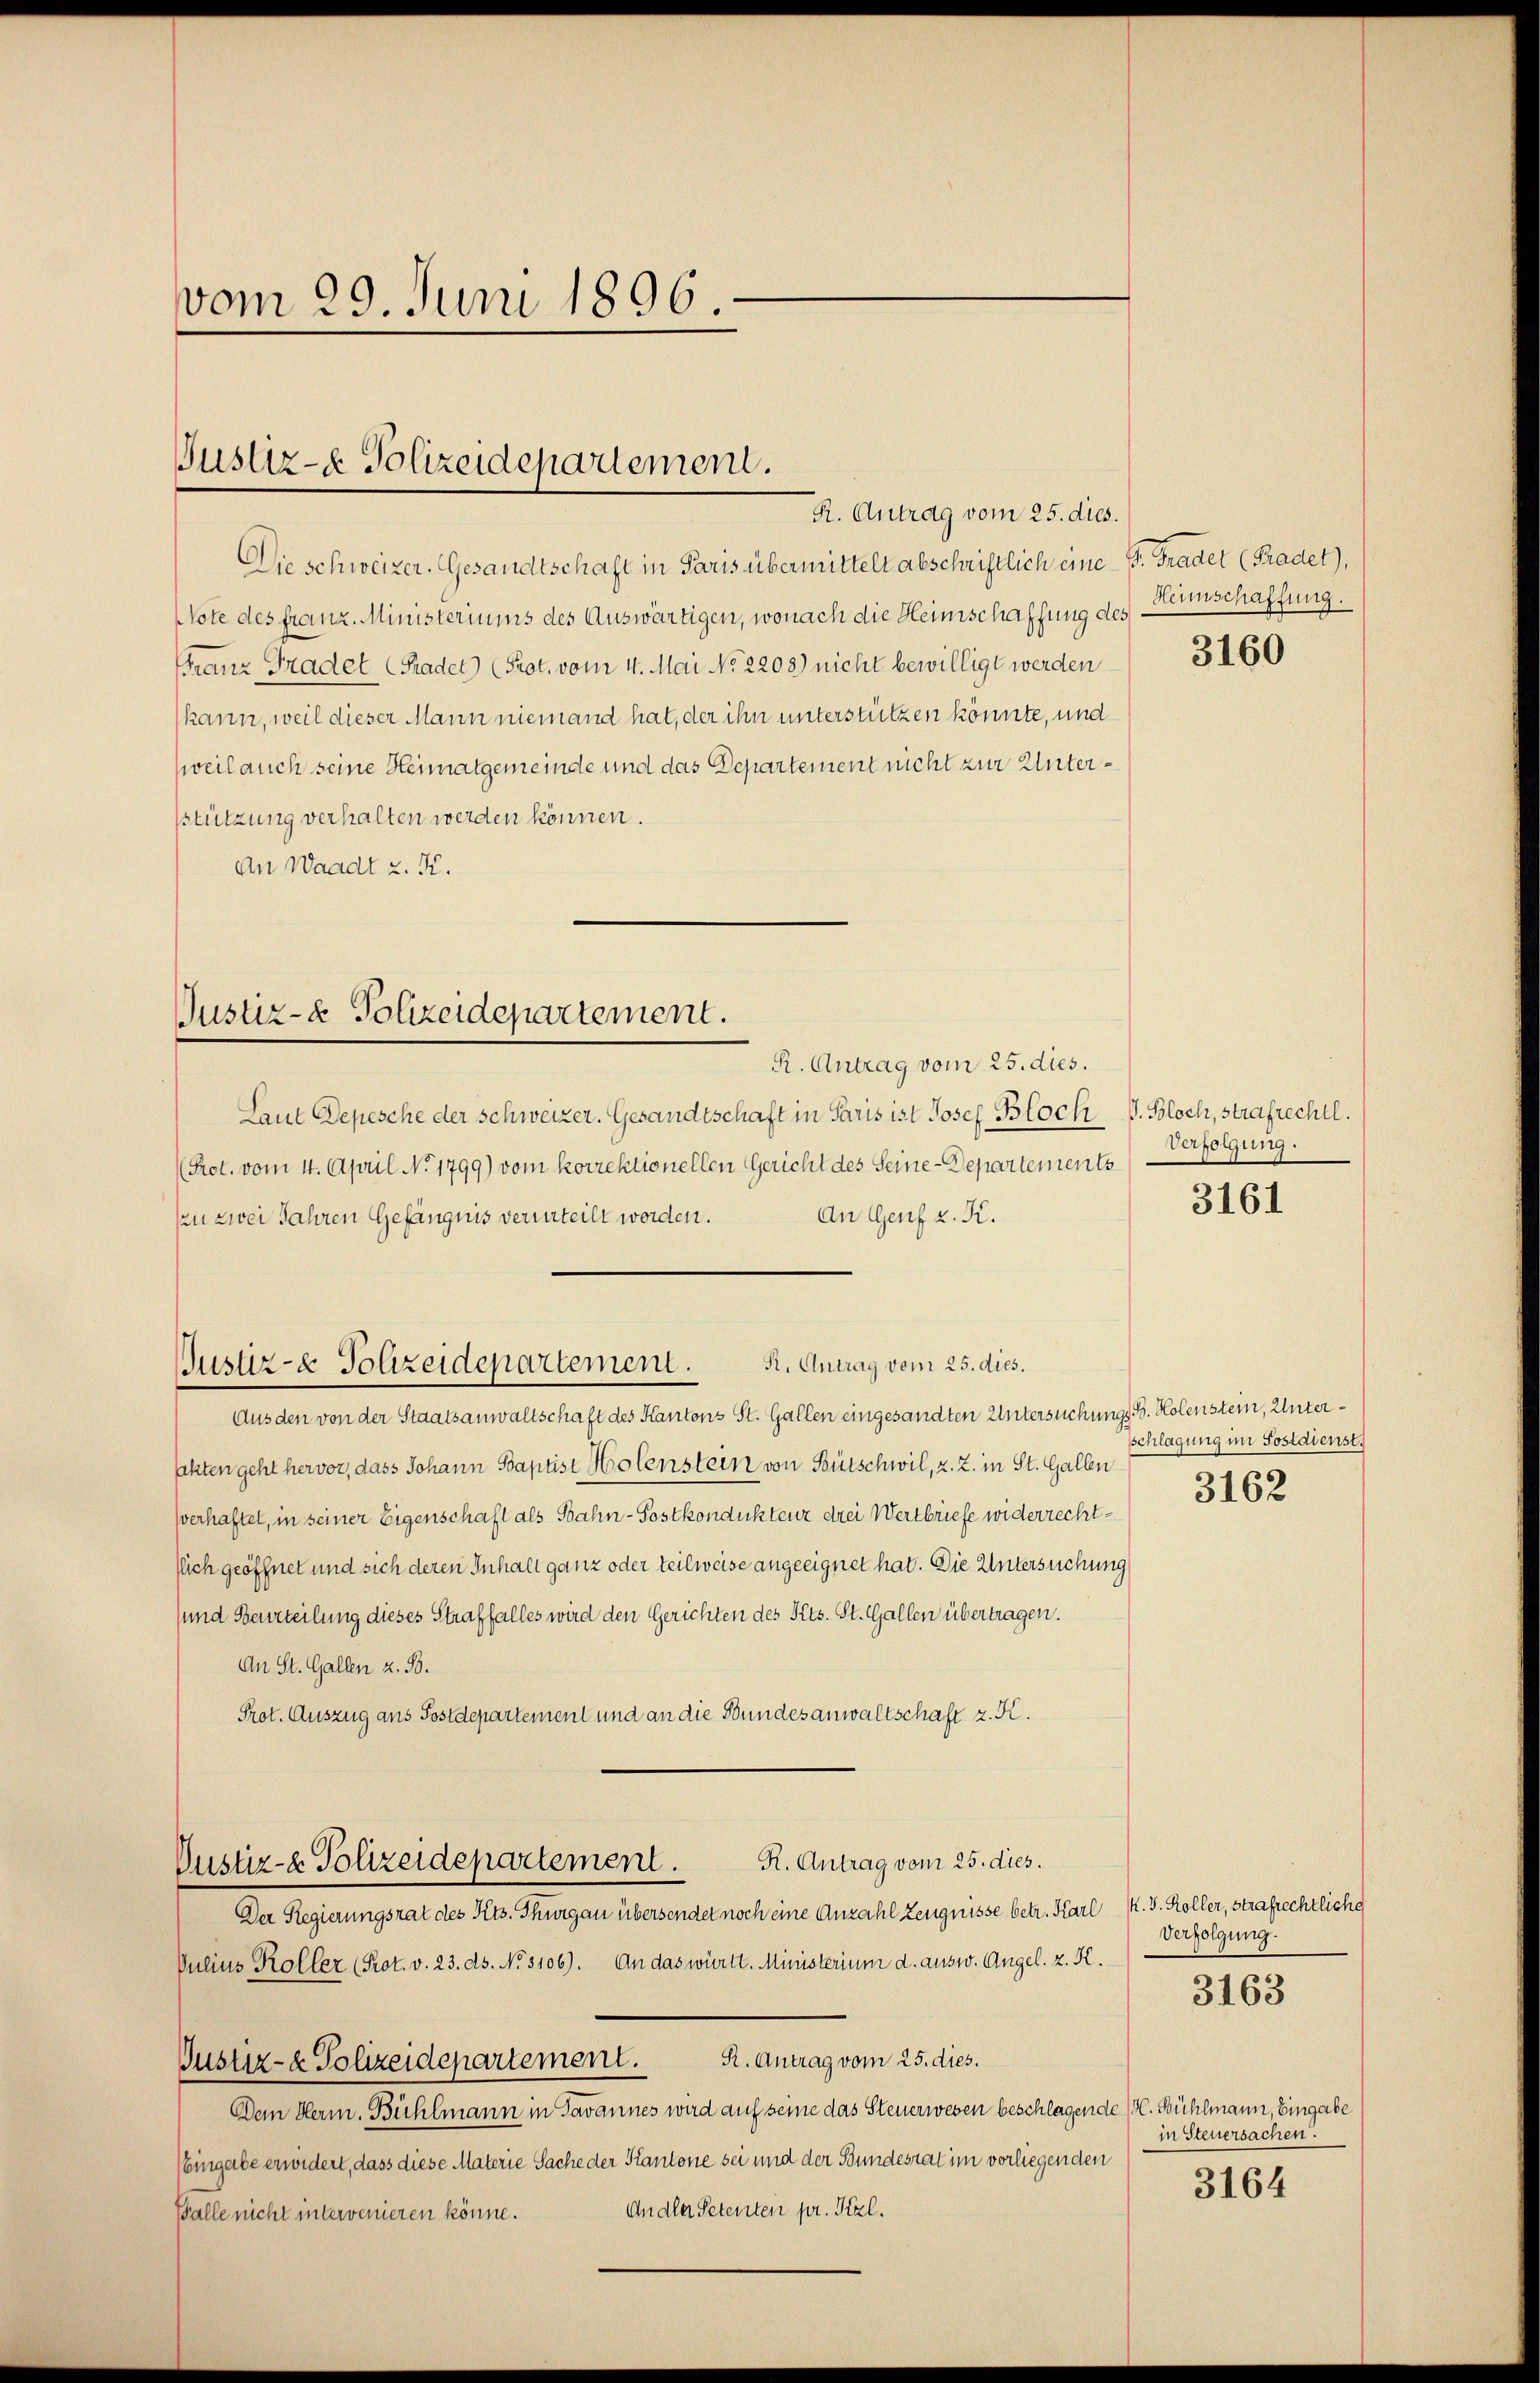
vom 29. Juni 1896

Justiz- & Polizeidepartement.
R. Antrag vom 25. dies.

Die schweizer. Gesandtschaft in Paris übermittelt abschriftlich eine P. Gradet (Pradet),
Note des franz. Ministeriums des Auswärtigen, wonach die Heimschaffung des
FFranz Gradel (Radet) (Prot. vom 4. Mai No 2208) nicht bewilligt werden
kann, weil dieser Mann niemand hat, der ihn unterstützen könnte, und
weil auch seine Heimatgemeinde und das Departement nicht zur Untersstützung verhalten werden können.
An Waadt z. K.

Justiz- & Polizeidepartement.
R. Antrag vom 25. dies.

Justiz- & Polizeidepartement. K. Antrag vom 25. dies.

Laut Depesche der Schweizer. Gesandtschaft in Paris ist Josef Bloch P. Bloch, strafrechtl.
(Prot. vom 4. April No 1799) vom korrektionellen Gericht des Seine-Departements
An Genf z. K.
En zwei Jahren Gefängnis verurteilt worden.

Heimschaffung.

Aus den von der Staatsanwaltschaft des Kantons St. Gallen eingesandten Untersuchungs B. Kolenstein, Unter¬
Jahten geht hervor, dass Johann Baptist Holenstein von Bütschwil, z. Z. in St. Gallen
sverhaftet, in seiner Eigenschaft als Bahn-Postkondukteur drei Wertbriefe widerrechtllich geöffnet und sich deren Inhalt ganz oder teilweise angeeignet hat. Die Untersuchung
sund Beurteilung dieses Straffalles wird den Gerichten des Kts. St. Gallen übertragen.
An St. Gallen z. B.
Prot. Auszug aus Postdepartement und an die Bundesanwaltschaft z. K.
Justiz- & Polizeidepartement. R. Antrag vom 25. dies.
Der Regierungsrat des Kts. Thurgau übersendet noch eine Anzahl Zeugnisse betr. Karl K. S. Koller, strafrechtliche
Julius Koller (Prot. v. 23. ds. No. 3106). An das württ. Ministerium d. ausw. Angel. z. K.
Justiz- & Polizeidepartement. R. Antrag vom 25. dies.
Den Herm. Bühlmann in Tavannes wird auf seine das Steuerwesen beschlagende (H. Bühlmann, Eingabe
Eingabe erwidert, dass diese Materie Sache der Kantone sei und der Bundesrat im vorliegenden
An die Petenten pr. Kzl.
Balle nicht intervenieren könne.

3160

Verfolgung.

3161

schlagung im Postdienst.
3162

Verfolgung.

3163

in Steuersachen.
3164